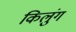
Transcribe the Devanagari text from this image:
किलुंग